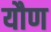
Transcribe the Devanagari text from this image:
यौण